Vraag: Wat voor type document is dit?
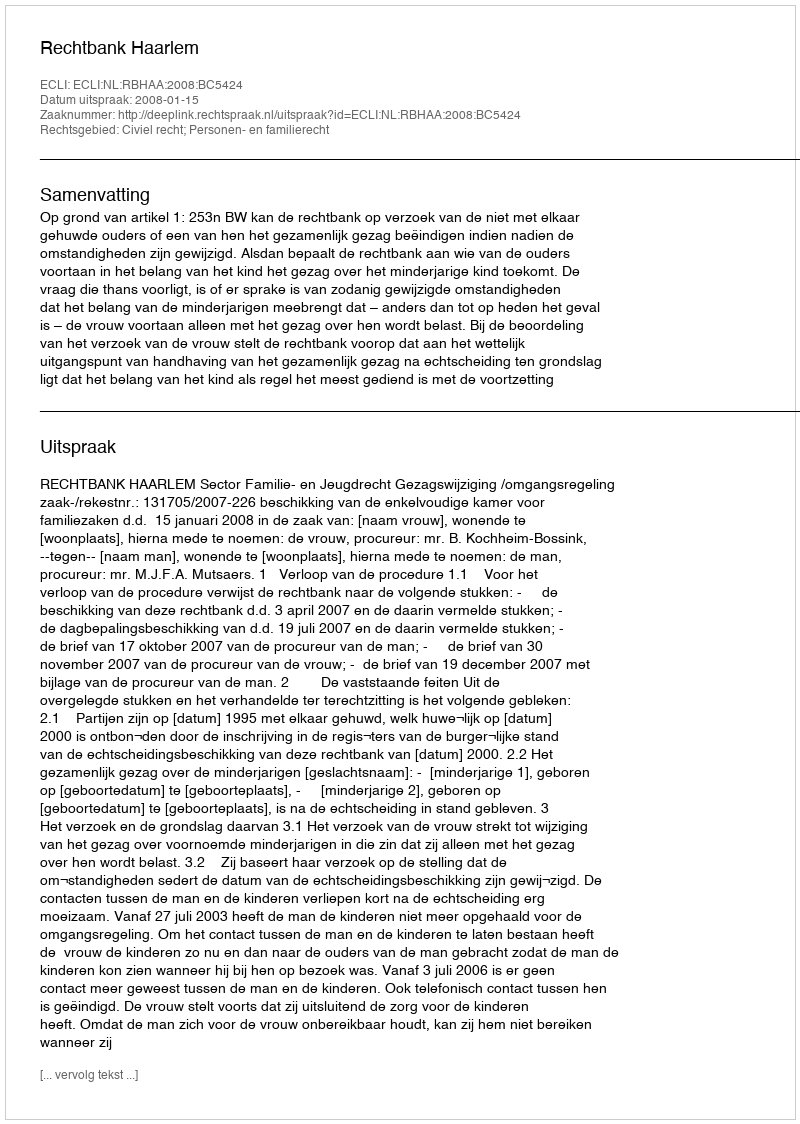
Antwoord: Uitspraak